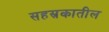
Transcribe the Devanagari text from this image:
सहस्रकातील